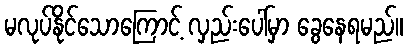
မလုပ်နိုင်သောကြောင့် လှည်းပေါ်မှာ ခွေနေရမည်။